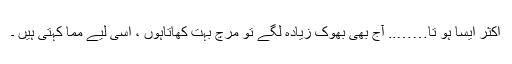
اکثر ایسا ہو تا…….. آج بھی بھوک زیادہ لگے تو مرچ بہت کھاتاہوں ، اسی لیے مما کہتی ہیں ۔